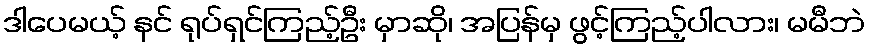
ဒါပေမယ့် နင် ရုပ်ရှင်ကြည့်ဦး မှာဆို၊ အပြန်မှ ဖွင့်ကြည့်ပါလား၊ မမီဘဲ